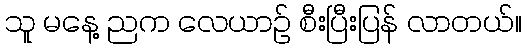
သူ မနေ့ ညက လေယာဉ် စီးပြီးပြန် လာတယ်။